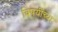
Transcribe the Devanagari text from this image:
विषयींच्या